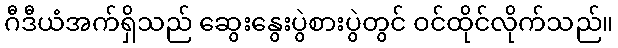
ဂီဒီယံအက်ရှိသည် ဆွေးနွေးပွဲစားပွဲတွင် ဝင်ထိုင်လိုက်သည်။